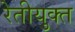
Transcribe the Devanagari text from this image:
रेतीयुक्त